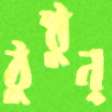
ঠুন্‌ঠুন্‌